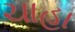
ચાહા